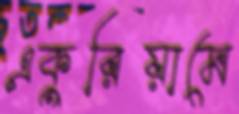
একুরিয়ামে